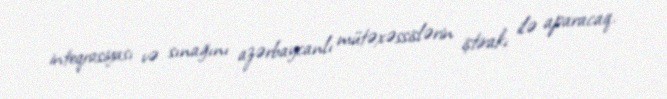
inteqrasiyası və sınağını azərbaycanlı mütəxəssislərin iştirakı ilə aparacaq.